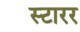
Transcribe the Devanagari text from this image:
स्टारर